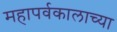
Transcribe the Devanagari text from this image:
महापर्वकालाच्या